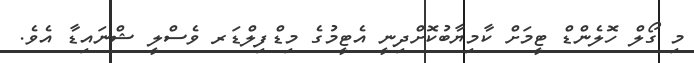
މި ގޯލް ހޮލެންޑް ޓީމަށް ކާމިޔާބުކޮށްދިނީ އެޓީމުގެ މިޑްފިލްޑަރ ވެސްލީ ޝްނައިޑާ އެވެ.